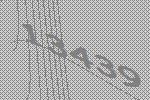
13439